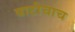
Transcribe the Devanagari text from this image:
बाटीचाच